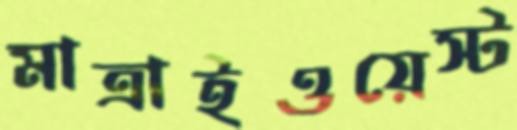
মাত্রাইওয়েস্ট